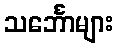
သင်္ဘောများ